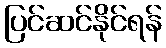
ပြင်ဆင်နိုင်ရန်